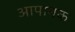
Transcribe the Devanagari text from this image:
आपानक